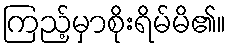
ကြည့်မှာစိုးရိမ်မိ၏။